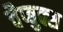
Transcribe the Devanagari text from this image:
चैप्बुक्स